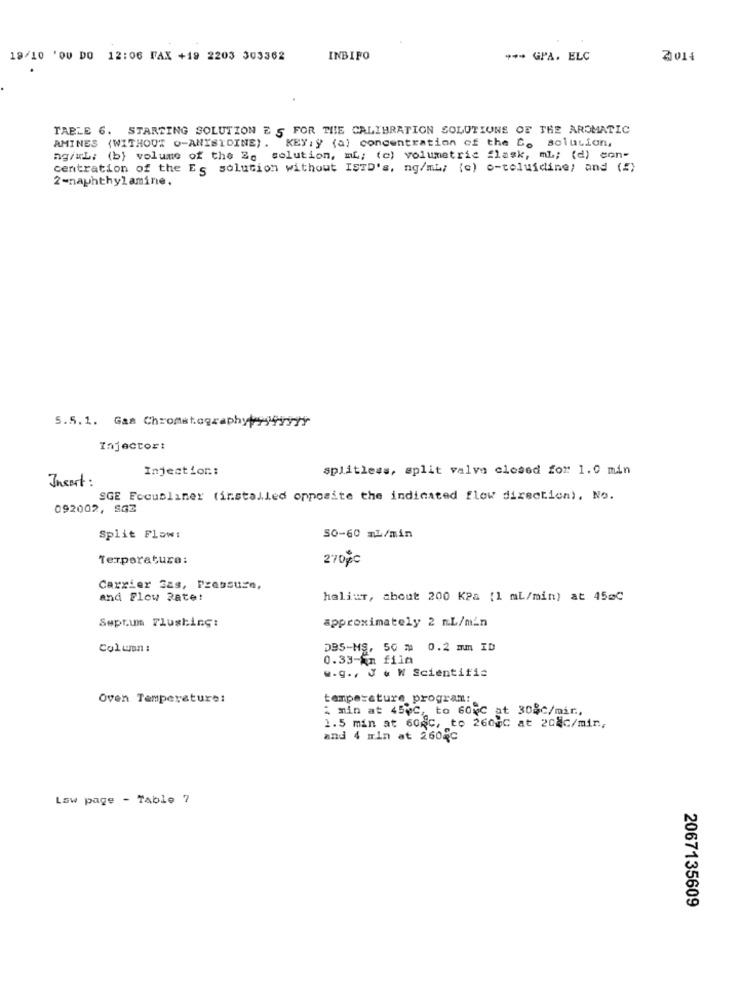
19/10 'OU DO 12:06 FAX +19 2203 303362
INBIFO
--- GPA. ELC
2011
TABLE 6. STARTING SOLUTION E 5 FOR THE CALIBRATION SOLUTIONS OF THE AROMATIC
AMINES (WITHOUT O-ANISIDINE). KEY: y (a) concentration of the B. solution,
agirL; (b) volume of the Za solution, ml; (e) volumetric flask, ml; (d) con-
centration of the Eg solution without ISTD's, ng/ml; (c) o-toluidine; and (S)
2-naphthylamine,
5.5.1. Gas ChromatographyogPrsty
Injector:
Injection:
splitless, split valvo closed for 1.0 min
Insert :
SGE Focubliner (installed opposite the indicated flow direction), No.
092002, SGZ
Split Flow:
50-60 ml/min
Temperature:
270%c
Carrier Gas, Pressure,
and Flow Rate:
haliur, chout 200 KPa [1 ml/min) at 45mC
Septum Flushing:
approximately 2 mL/min
Column:
DBS-MS, 50 # 0.2 mm ID
0.33-En filn
w.g ., J & W Scientific
Oven Temperature:
temperature program:
: min at 45pc, to 60%C at 30%c/mir .,
1.5 min at 60fc, to 260 C at 208C/min .,
and 4 mln at 260qc
Law page - Table 7
2067135609